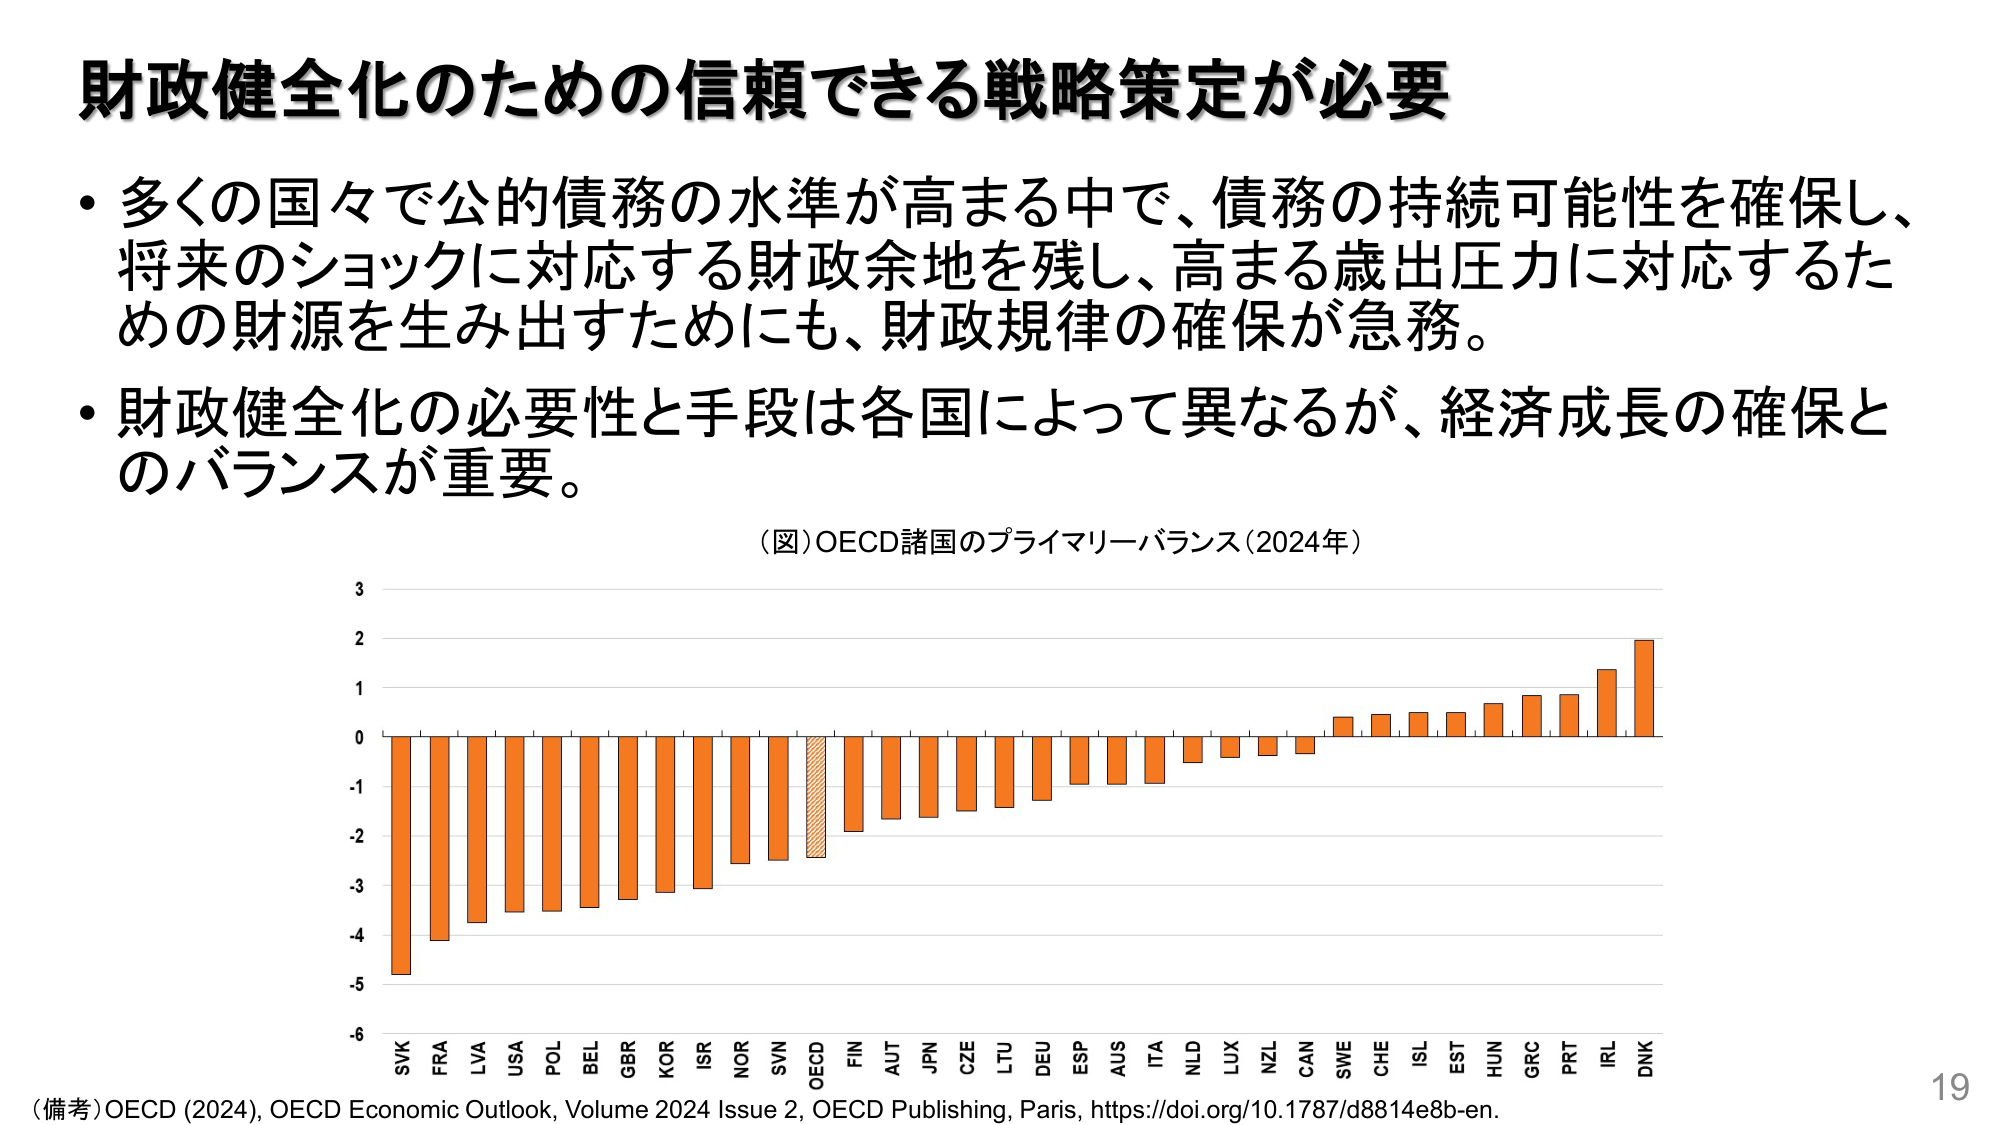
財政健全化のための信頼できる戦略策定が必要

・多くの国々で公的債務の水準が高まる中で、債務の持続可能性を確保し、将来のショックに対応する財政余地を残し、高まる歳出圧力に対応するための財源を生み出すためにも、財政規律の確保が急務。

・財政健全化の必要性と手段は各国によって異なるが、経済成長の確保とのバランスが重要。

（図）OECD諸国のプライマリーバランス（2024年）

3
2
1
0
-1
-2
-3
-4
-5
-6

SVK FRA LVA USA POL BEL GBR KOR ISR NOR SVN OECD FIN AUT JPN CZE LTU DEU ESP AUS ITA NLD LUX NZL CAN SWE CHE ISL EST HUN GRC PRT IRL DNK

（備考）OECD (2024), OECD Economic Outlook, Volume 2024 Issue 2, OECD Publishing, Paris, https://doi.org/10.1787/d8814e8b-en.

19